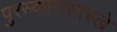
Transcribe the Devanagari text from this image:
पुरस्कारासारखे